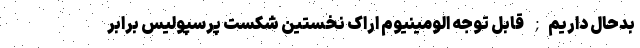
بدحال داریم; قابل توجه الومینیوم اراک نخستین شکست پرسپولیس برابر